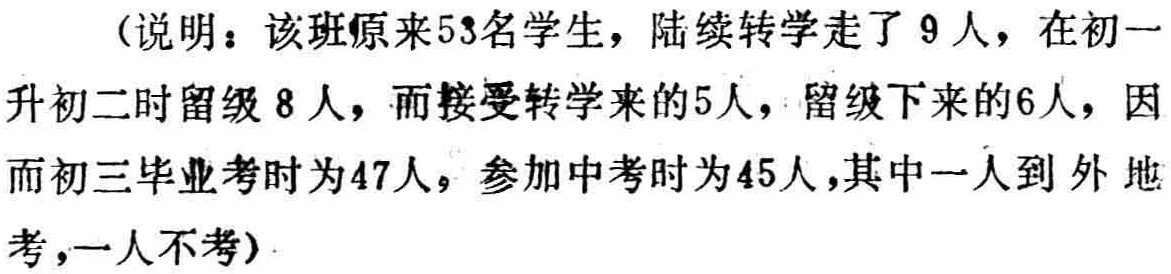
（说明：该班原来53名学生，陆续转学走了 9 人，在初一升初二时留级 8 人，而接受转学来的5人，留级下来的6人，因而初三毕业考时为47人，参加中考时为45人，其中一人到外地考，一人不考）